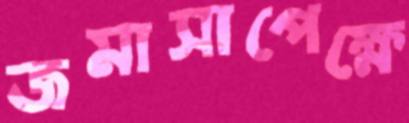
জমাসাপেক্ষে